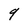
Character: 9